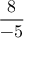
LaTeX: \frac { 8 } { - 5 }